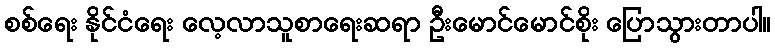
စစ်ရေး နိုင်ငံရေး လေ့လာသူစာရေးဆရာ ဦးမောင်မောင်စိုး ပြောသွားတာပါ။